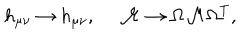
h _ { \mu \nu } \to h _ { \mu \nu } , \ { \cal M } \to \Omega { \cal M } \Omega ^ { T } ,